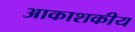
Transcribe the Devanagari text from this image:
आकाशकीय